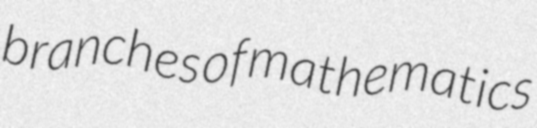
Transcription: branches of mathematics